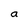
Character: a